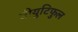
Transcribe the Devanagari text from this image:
बीयुटिफुल